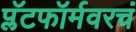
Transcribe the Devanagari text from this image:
प्लॅटफॉर्मवरचं